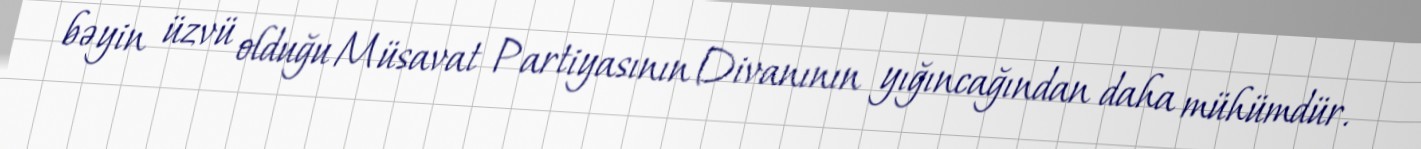
bəyin üzvü olduğu Müsavat Partiyasının Divanının yığıncağından daha mühümdür.